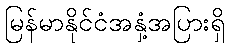
မြန်မာနိုင်ငံအနှံ့အပြားရှိ